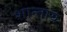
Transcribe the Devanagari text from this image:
शान्ताय